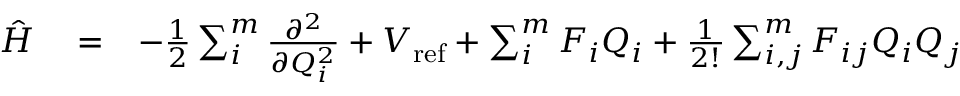
\begin{array} { r l r } { \hat { H } } & { { } = } & { - \frac { 1 } { 2 } \sum _ { i } ^ { m } \frac { \partial ^ { 2 } } { \partial Q _ { i } ^ { 2 } } + V _ { \mathrm { r e f } } + \sum _ { i } ^ { m } F _ { i } Q _ { i } + \frac { 1 } { 2 ! } \sum _ { i , j } ^ { m } F _ { i j } Q _ { i } Q _ { j } } \end{array}